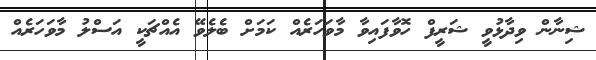
ޝިނާން ވިދާޅުވީ ޝަރީފް ހޮވާފައިވާ މާވަހަރެއް ކަމަށް ބެލެވޭ އެއްޗަކީ އަސްލު މާވަހަރެއް